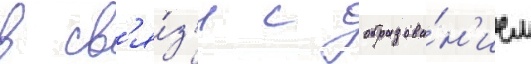
в св'я́з'и с образова́н'ием